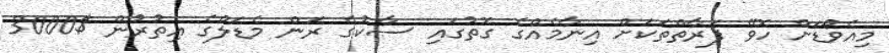
މިއެވޯޑަށް ހޮވޭ ފަރާތްތަކަށް އިނާމެއްގެ ގޮތުގައި ސާކުގެ ރަން މެޑަލްގެ އިތުރުން $3000